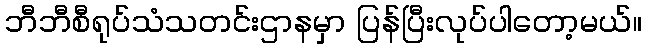
ဘီဘီစီရုပ်သံသတင်းဌာနမှာ ပြန်ပြီးလုပ်ပါတော့မယ်။